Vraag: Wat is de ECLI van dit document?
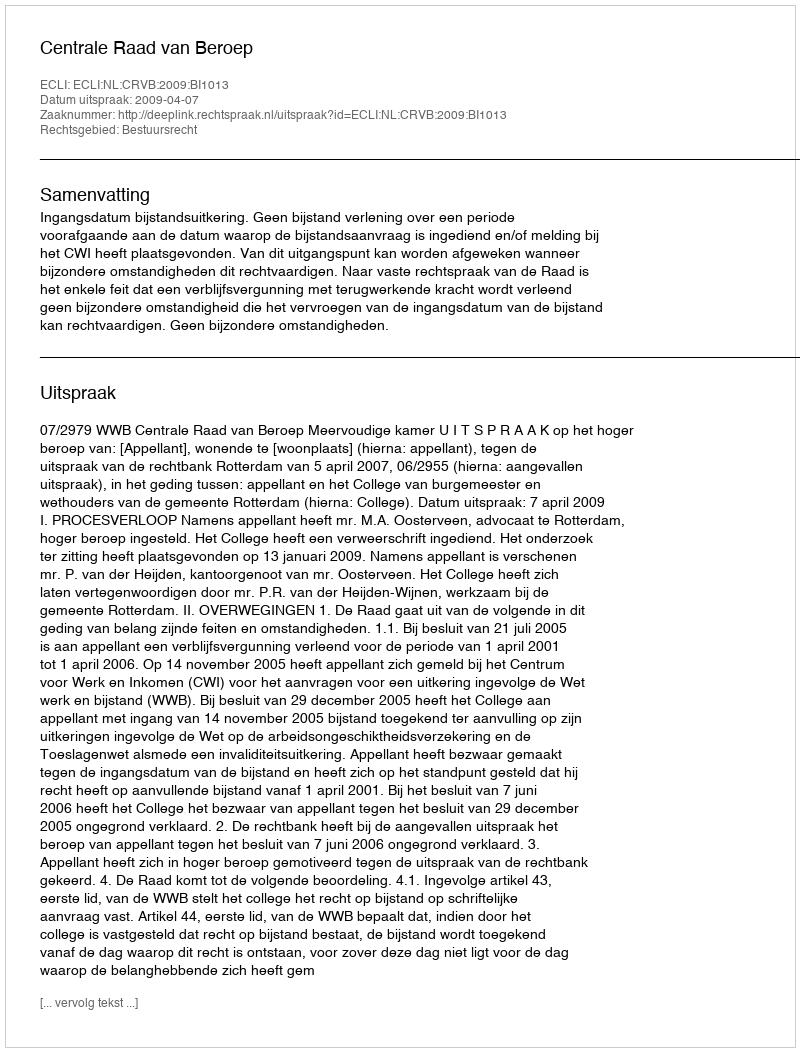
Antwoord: ECLI:NL:CRVB:2009:BI1013